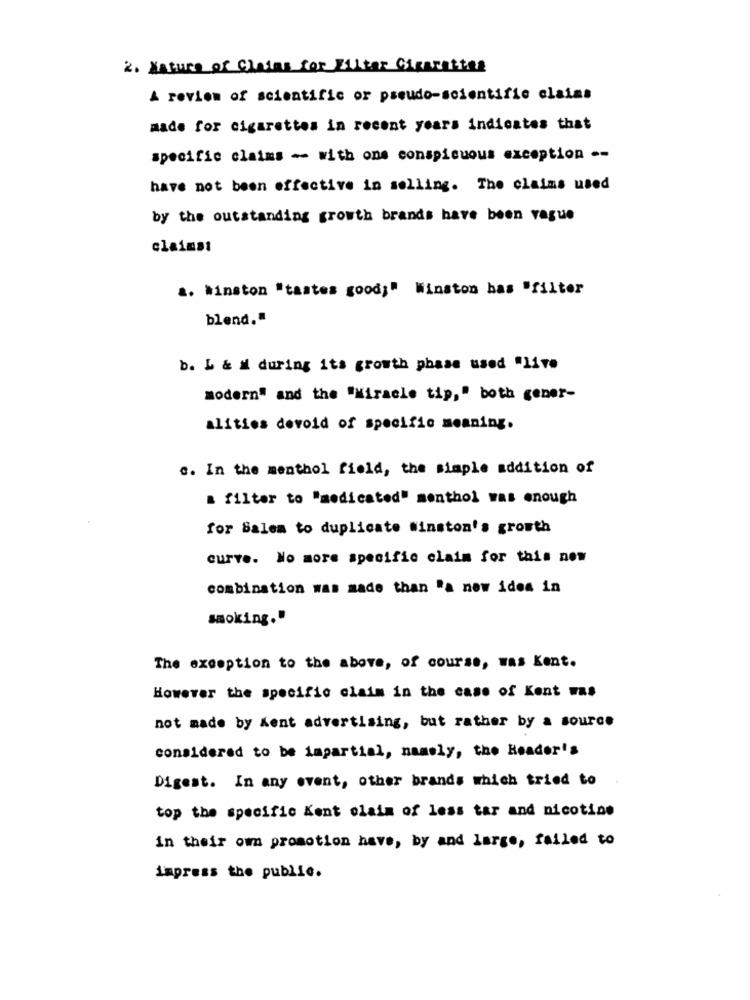
2. Nature of Claims for Filter Cigarettes
A review of scientific or pseudo-scientific claims
made for cigarettes in recent years indicates that
specific claims - with ons conspicuous exception --
have not been effective in selling. The claims used
by the outstanding growth brands have been vague
claimst
a. Winston "tastes good;" Winston has "filter
blend."
b. L & M during its growth phase used "live
modern" and the "Miracle tip," both gener-
alities devoid of specific meaning.
c. In the menthol field, the simple addition of
a filter to "medicated" menthol was enough
for Salem to duplicate Winston's growth
curve. No more specific claim for this now
combination was made than "a new idea in
smoking."
The exception to the above, of course, was Kent.
However the specific claim in the case of Kent was
not made by Kent advertising, but rather by a source
considered to be impartial, namely, the Reader's
Digest. In any event, other brands which tried to
top the specific Kent olaim of less tar and nicotine
in their om promotion have, by and large, failed to
Lapress the public.